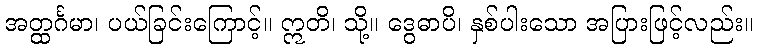
အတ္ထင်္ဂမာ၊ ပယ်ခြင်းကြောင့်။ ဣတိ၊ သို့။ ဒွေဓာပိ၊ နှစ်ပါးသော အပြားဖြင့်လည်း။